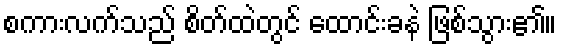
စကားလက်သည် စိတ်ထဲတွင် ထောင်းခနဲ ဖြစ်သွား၏။